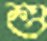
শু